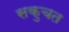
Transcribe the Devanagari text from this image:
सकुचत